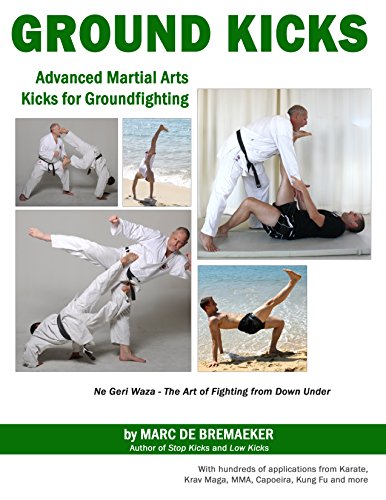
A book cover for Ground Kicks: Advanced Martial Arts Kicks for Ground-fighting from Karate, Krav Maga, MMA, Capoeira, Kung Fu and more; Marc De Bremaeker; Sports & Outdoors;